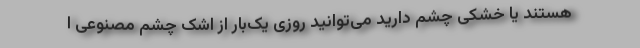
هستند یا خشکی چشم دارید می‌توانید روزی یک‌بار از اشک چشم مصنوعی ا